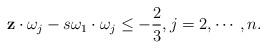
LaTeX: \begin{align*} \mathbf z\cdot \omega_j-s\omega_1\cdot\omega_j\leq-\frac{2}{3},j=2,\cdots,n. \end{align*}